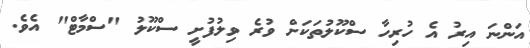
އަންނަ އިރު އެ ހުރިހާ ސްކޫލުތަކަށް ވުރެ ވިލުފުށީ ސްކޫލު "ސްމާޓް" އެވެ.